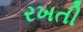
રખતી